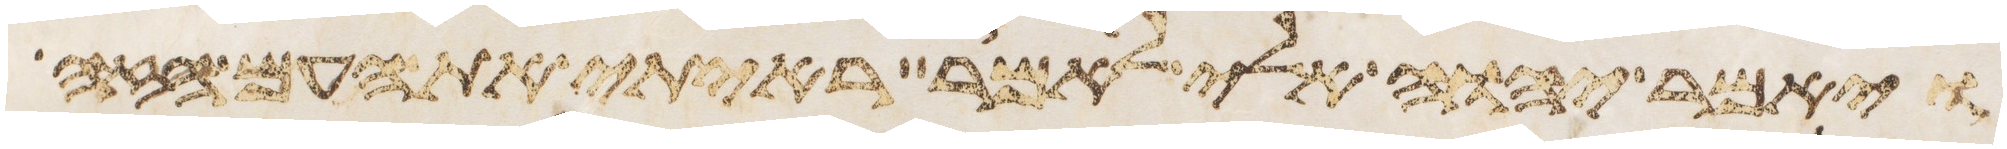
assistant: ויאמר יהוה אלי לאמר ראיתי את העם הזה